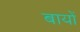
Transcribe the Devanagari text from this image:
बायों